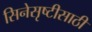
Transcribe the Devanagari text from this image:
सिनेसृष्टीसाठी